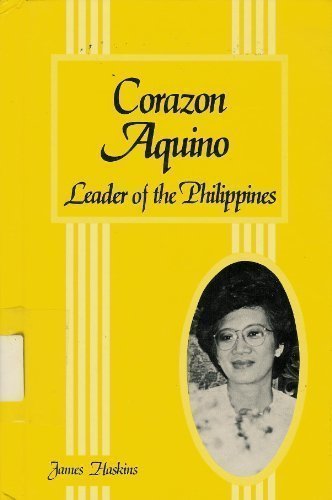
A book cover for Corazon Aquino: Leader of the Philippines (Contemporary Women Series); James Haskins; Teen & Young Adult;